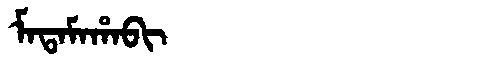
Manchu: ᠮᠠᡨᠠᠮᠠᡥᠠᠪᡳ
Romanization: MATAMAHABI